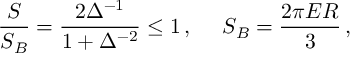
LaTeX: \frac { S } { S _ { B } } = \frac { 2 \Delta ^ { - 1 } } { 1 + \Delta ^ { - 2 } } \le 1 \, , \, \, \, \, \, \, \, \, S _ { B } = \frac { 2 \pi E R } { 3 } \, ,